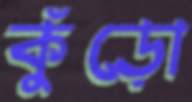
কুঁড়ো